Civil Veterinary Dept. North-West Frontier Province 1933-46 - 1933-1946
Year: 1933
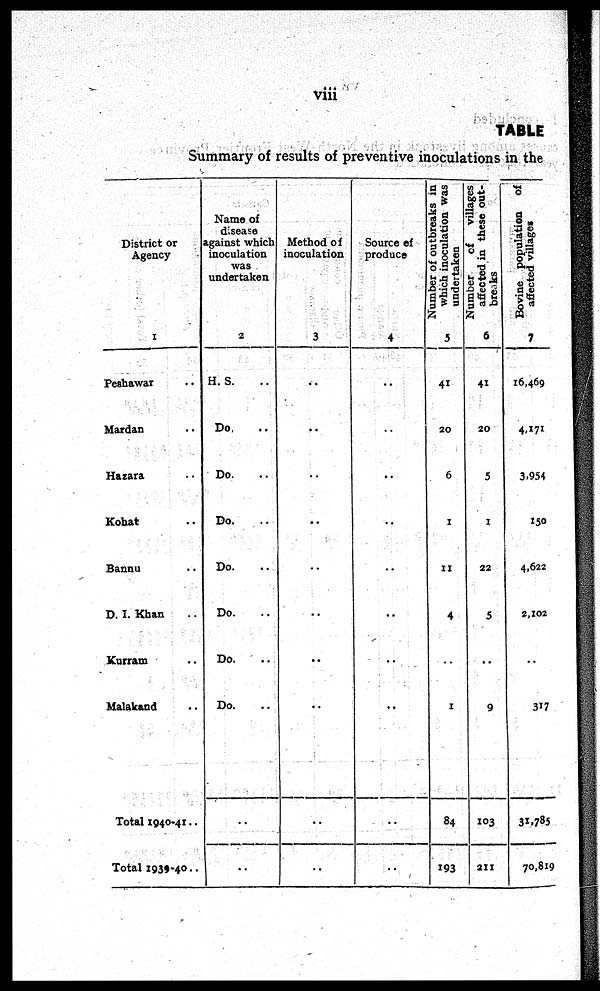
viii
TABLE
Summary of results of preventive inoculations in the
District or
Agency
1
Peshawar ..
Mardan ..
Hazara ..
Kohat ..
Bannu ..
D. I. Khan ..
Kurram ..
Malakand ..
Total 1940-41..
Total 1939-40..
Name of
disease
against which
inoculation
was
undertaken
2
H. S. ..
Do. ..
Do. ..
Do. ..
Do. ..
Do. ..
Do. ..
Do. ..
..
..
Method of
inoculation
3
..
..
..
..
..
..
..
..
..
..
Source of
produce
4
..
..
..
..
..
..
..
..
..
..
Number of outbreaks in
which inoculation was
undertaken
5
41
20
6
1
11
4
..
1
84
193
Number
of
villages
affected in these out-
breaks
6
41
20
5
1
22
5
..
9
103
211
Bovine population of
affected villages
7
16,469
4,171
3,954
150
4,622
2,102
..
317
31,785
70,819